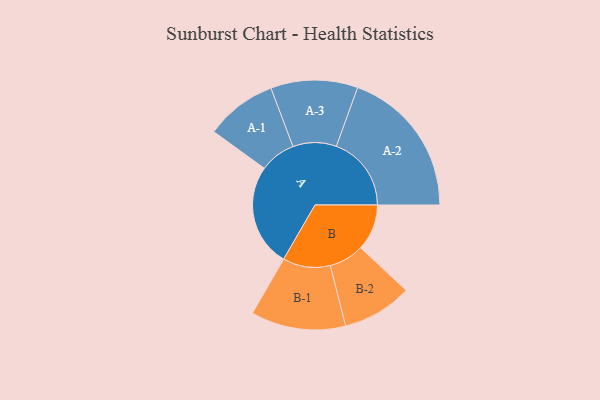
{"axis": {"x": "Segment", "y": "Value"}, "legend": ["", "A", "B"], "data": [{"x": "A", "y": 387, "type": ""}, {"x": "B", "y": 174, "type": ""}, {"x": "A-1", "y": 135, "type": "A"}, {"x": "A-2", "y": 283, "type": "A"}, {"x": "A-3", "y": 164, "type": "A"}, {"x": "B-1", "y": 179, "type": "B"}, {"x": "B-2", "y": 132, "type": "B"}]}